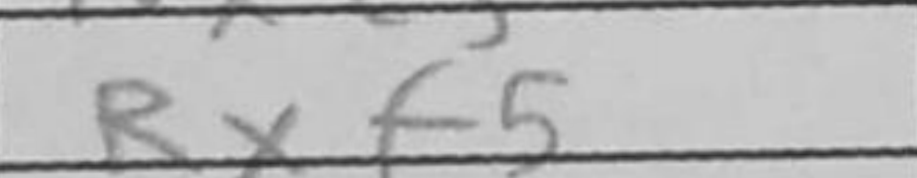
Transcription: Rxf5